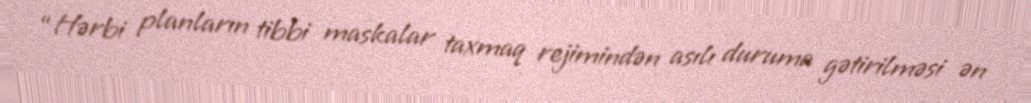
“Hərbi planların tibbi maskalar taxmaq rejimindən asılı duruma gətirilməsi ən